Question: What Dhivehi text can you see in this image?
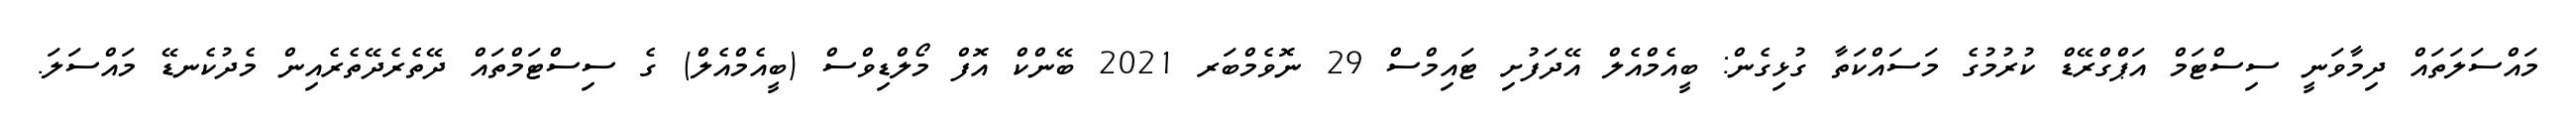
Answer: މައްސަލަތައް ދިމާވަނީ ސިސްޓަމް އަޕްގްރޭޑް ކުރުމުގެ މަސައްކަތާ ގުޅިގެން: ބީއެމްއެލް އޭދަފުށި ޓައިމްސް 29 ނޮވެމްބަރ 2021 ބޭންކް އޮފް މޯލްޑިވްސް (ބީއެމްއެލް) ގެ ސިސްޓަމްތައް ދޭތެރެދޭތެރެއިން މެދުކެނޑޭ މައްސަލަ.